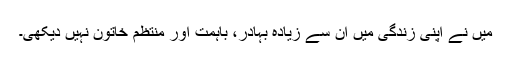
میں نے اپنی زندگی میں ان سے زیادہ بہادر، باہمت اور منتظم خاتون نہیں دیکھی۔